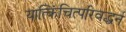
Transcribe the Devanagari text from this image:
यात्किंचित्परिवद्धर्न